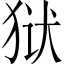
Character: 狱